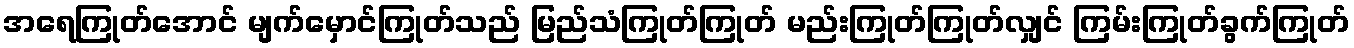
အရေကြုတ်အောင် မျက်မှောင်ကြုတ်သည် မြည်သံကြုတ်ကြုတ် မည်းကြုတ်ကြုတ်လျှင် ကြမ်းကြုတ်ခွက်ကြုတ်